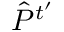
\hat { P } ^ { t ^ { \prime } }